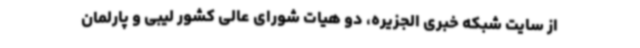
از سایت شبکه خبری الجزیره، دو هیات شورای عالی کشور لیبی و پارلمان